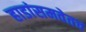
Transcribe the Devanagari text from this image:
हाडांसमवेतच